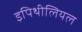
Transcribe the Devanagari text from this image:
इपिथीलियल